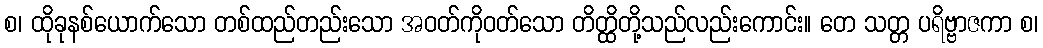
စ၊ ထိုခုနစ်ယောက်သော တစ်ထည်တည်းသော အဝတ်ကိုဝတ်သော တိတ္ထိတို့သည်လည်းကောင်း။ တေ သတ္တ ပရိဗ္ဗာဇကာ စ၊